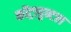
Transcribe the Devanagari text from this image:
कोंट्रापुन्टल